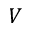
V